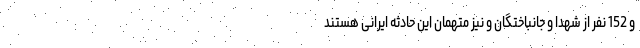
و 152 نفر از شهدا و جانباختگان و نیز متهمان این حادثه ایرانی هستند